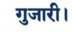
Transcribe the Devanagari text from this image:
गुजारी।